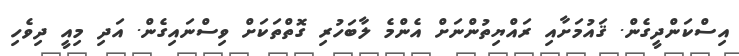
އިސްކަންދީގެން. ޤައުމަށާއި ރައްޔިތުންނަށް އެންމެ ލާބަހުރި ގޮތްތަކަށް ވިސްނައިގެން. އަދި މިއީ ދިވެހި